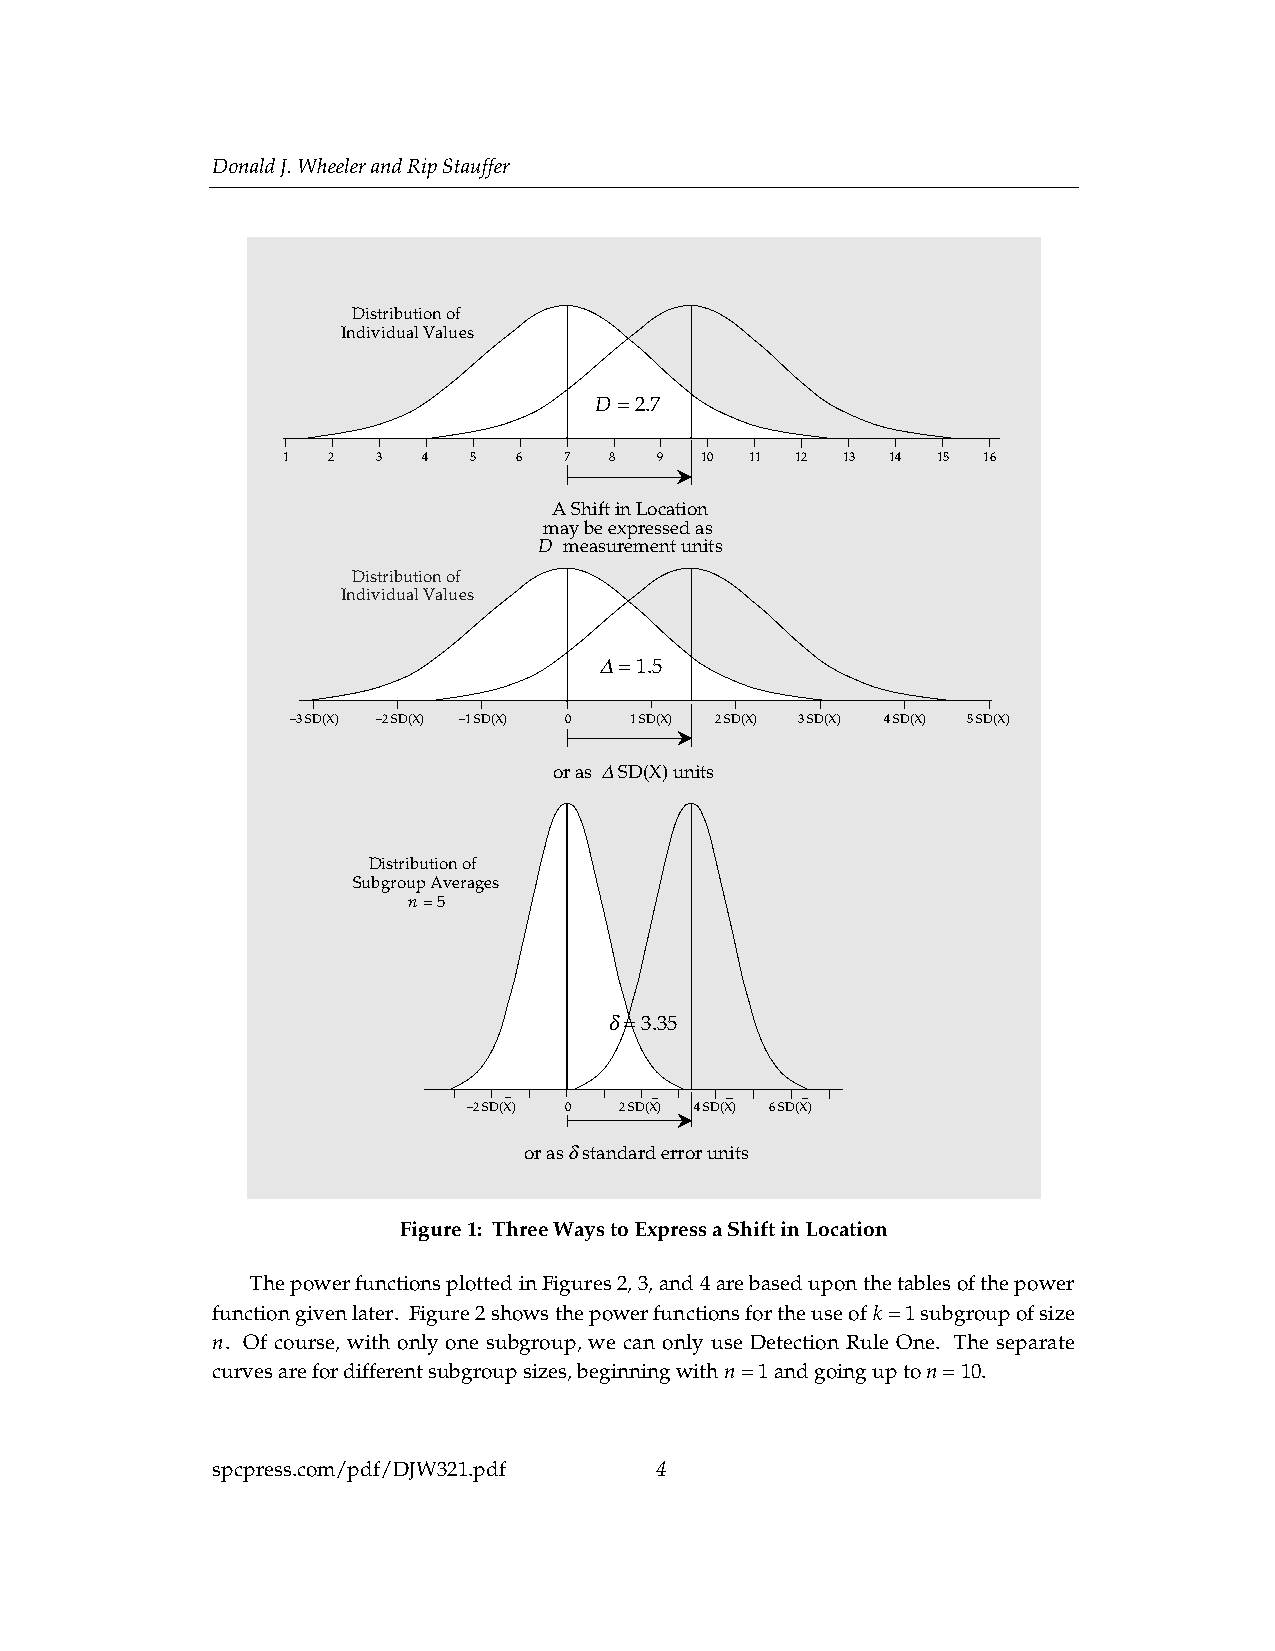
Donald J. Wheeler and Rip Stauffer
 Distribution of
 Individual Values
 D = 2.7
 1  2  3  4  5  6  7  8   9 10  11 12 13 14 15 16
 A Shift in Location
 may be expressed as
 D measurement units
 Distribution of
 Individual Values
 ∆ = 1.5
 –3 SD(X) –2 SD(X) –1 SD(X) 0 1 SD(X) 2 SD(X) 3 SD(X) 4 SD(X) 5 SD(X)
 or as ∆ SD(X) units
 Distribution of
 Subgroup Averages
 n = 5
 δ = 3.35
 –2 SD(X) 0 2 SD(X) 4 SD(X) 6 SD(X)
 or as δ standard error units
 Figure 1: Three Ways to Express a Shift in Location
 The power functions plotted in Figures 2, 3, and 4 are based upon the tables of the power
 function given later. Figure 2 shows the power functions for the use of k = 1 subgroup of size
 n. Of course, with only one subgroup, we can only use Detection Rule One. The separate
 curves are for different subgroup sizes, beginning with n = 1 and going up to n = 10.
 spcpress.com/pdf/DJW321.pdf  4